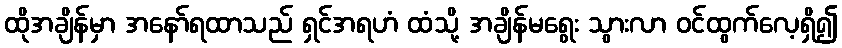
ထိုအချိန်မှာ အနော်ရထာသည် ရှင်အရဟံ ထံသို့ အချိန်မရွေး သွားလာ ဝင်ထွက်လေ့ရှိ၍